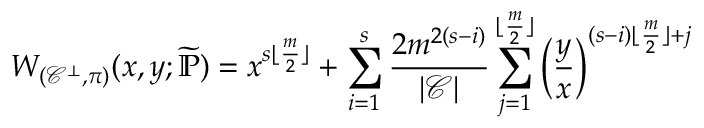
W _ { ( \mathcal { C } ^ { \bot } , \pi ) } ( x , y ; \widetilde { \mathbb { P } } ) = x ^ { s \lfloor \frac { m } { 2 } \rfloor } + \sum _ { i = 1 } ^ { s } \frac { 2 m ^ { 2 ( s - i ) } } { | \mathcal { C } | } \sum _ { j = 1 } ^ { \lfloor \frac { m } { 2 } \rfloor } \left( \frac { y } { x } \right) ^ { ( s - i ) \lfloor \frac { m } { 2 } \rfloor + j }